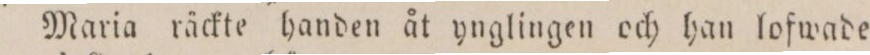
Maria räckte handen åt ynglingen och han lofwade